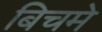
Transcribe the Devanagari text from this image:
बिचमे